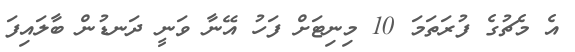
އެ މެޗުގެ ފުރަތަމަ 10 މިނިޓަށް ފަހު އޭނާ ވަނީ ދަނޑުން ބާލައިފަ